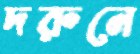
দরুনে